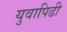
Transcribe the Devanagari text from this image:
युवापिढी